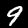
Label: 9